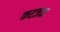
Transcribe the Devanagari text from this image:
करजक